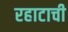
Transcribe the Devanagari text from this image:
रहाटाची